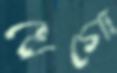
খেগো